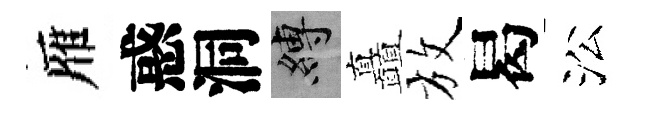
雁惑洞縛矗放曷㳂